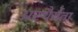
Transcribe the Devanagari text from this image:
अस्थैर्यता